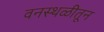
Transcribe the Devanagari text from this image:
वनस्थळीतून